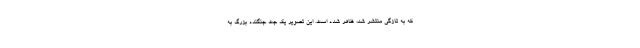
که به تازگی منتشر شد، ظاهر شده است. این تصویر یک جت جنگنده بزرگ به